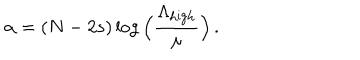
\alpha = ( N - 2 s ) \log \Big ( \frac { \Lambda _ { \mathrm { h i g h } } } { \mu } \Big ) \, .